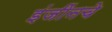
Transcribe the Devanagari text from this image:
इंजींनचे